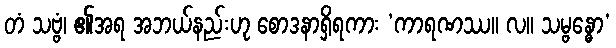
တံ သဗ္ဗံ၊ ၏အရ အဘယ်နည်းဟု စောဒနာရှိရကား ‘ကာရဏဿ။ လ။ သမ္ဗန္ဓော’